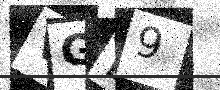
Text: VGE9